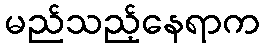
မည်သည့်နေရာက